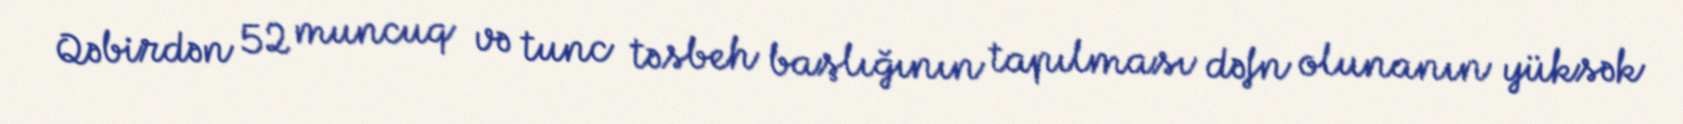
Qəbirdən 52 muncuq və tunc təsbeh başlığının tapılması dəfn olunanın yüksək